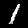
Label: 1